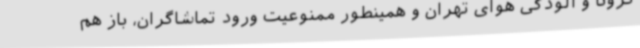
کرونا و آلودگی هوای تهران و همینطور ممنوعیت ورود تماشاگران، باز هم